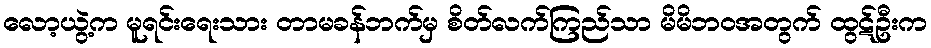
လော့ယွဲ့က မူရင်းရေးသား တာမခန်ဘက်မှ စိတ်လက်ကြည်သာ မိမိဘဝအတွက် ထွဋ်ဦးက